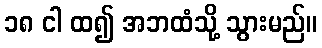
၁၈ ငါ ထ၍ အဘထံသို့ သွားမည်။